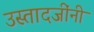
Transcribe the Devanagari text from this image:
उस्तादजींनी